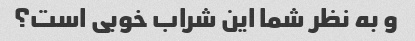
و به نظر شما این شراب خوبی است؟